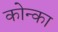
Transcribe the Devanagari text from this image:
कोन्का